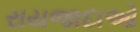
રાયજાદાઓ